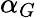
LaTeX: \alpha_{G}\